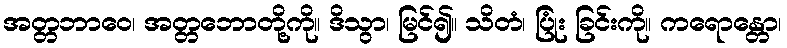
အတ္တဘာဝေ၊ အတ္တဘောတို့ကို။ ဒိသွာ၊ မြင်၍။ သိတံ၊ ပြုံး ခြင်းကို။ ကရောန္တော၊